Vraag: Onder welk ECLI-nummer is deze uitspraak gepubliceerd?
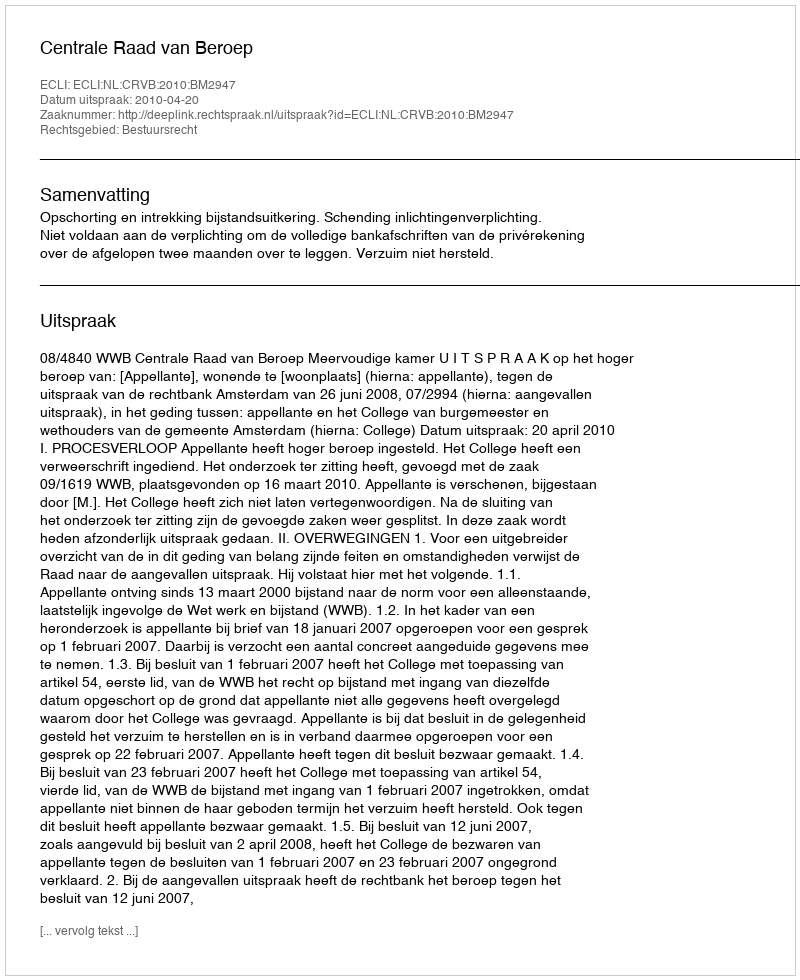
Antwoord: ECLI:NL:CRVB:2010:BM2947